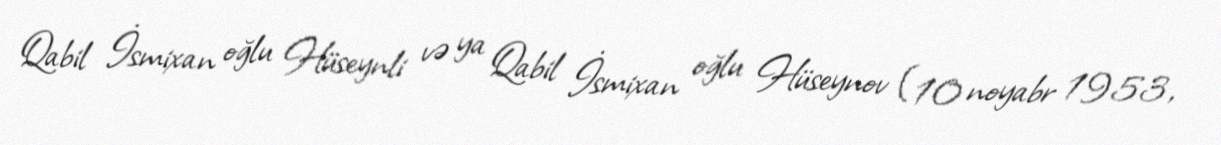
Qabil İsmixan oğlu Hüseynli və ya Qabil İsmixan oğlu Hüseynov (10 noyabr 1953,